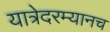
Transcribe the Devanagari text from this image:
यात्रेदरम्यानच